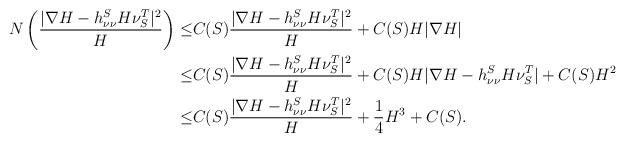
LaTeX: \begin{align*} N \left( \frac{|\nabla H - h^S_{\nu \nu} H\nu_S^T|^2}{H} \right) \le& C(S) \frac{|\nabla H - h^S_{\nu \nu} H\nu_S^T|^2}{H} +C(S)H|\nabla H|\\\le&C(S) \frac{|\nabla H - h^S_{\nu \nu} H\nu_S^T|^2}{H}+C(S)H|\nabla H - h^S_{\nu \nu} H\nu_S^T|+C(S)H^2\\\le&C(S) \frac{|\nabla H - h^S_{\nu \nu} H\nu_S^T|^2}{H}+\frac{1}{4}H^3 + C(S).\end{align*}